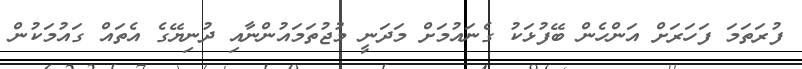
ފުރަތަމަ ފަހަރަށް އަންހެން ބޭފުޅަކު ގެނައުމަށް މަދަނީ މުޖުތަމައުންނާއި ދުނިޔޭގެ އެތައް ގައުމަކުން